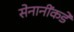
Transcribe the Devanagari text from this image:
सेनानींकडे